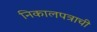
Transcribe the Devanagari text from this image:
निकालपत्राची